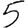
Digit: 5